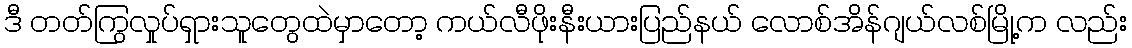
ဒီ တတ်ကြွလှုပ်ရှားသူတွေထဲမှာတော့ ကယ်လီဖိုးနီးယားပြည်နယ် လောစ်အိန်ဂျယ်လစ်မြို့က လည်း